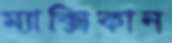
ম্যাক্সিকান